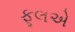
ફૂલએ